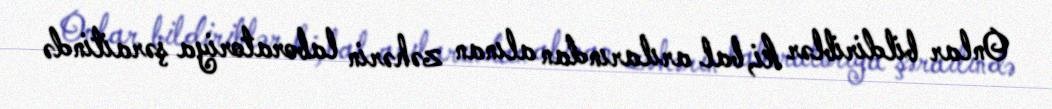
Onlar bildiriblər ki, bal arılarından alınan zəhərin laboratoriya şəraitində